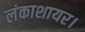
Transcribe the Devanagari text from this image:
लंकाशायर।